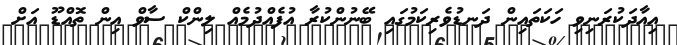
އިއާދަކުރަނިވި ހަކަތައިން ދަނޑުވެރިކަމުގައި ބޭނުންކުރާ އުފެއްދުމެއް ލިންކް ސާވް އިން ތޮއްޑޫ އަށް